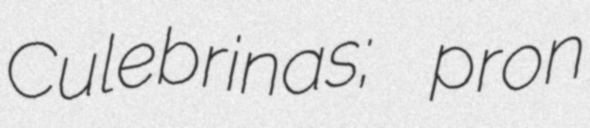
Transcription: Culebrinas; pron